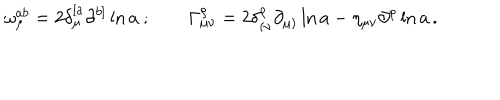
\omega _ { \mu } ^ { a b } = 2 \delta _ { \mu } ^ { [ a } \partial ^ { b ] } \ln a \ ; \qquad \Gamma _ { \mu \nu } ^ { \rho } = 2 \delta _ { ( \nu } ^ { \rho } \partial _ { \mu ) } \ln a - \eta _ { \mu \nu } \partial ^ { \rho } \ln a \, .